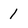
Character: 1